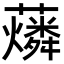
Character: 𧃮